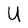
Character: U